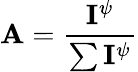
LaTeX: \mathbf{A}=\frac{\mathbf{I}^{\psi}}{\sum\mathbf{I}^{\psi}}